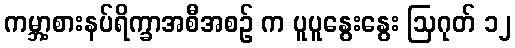
ကမ္ဘာ့စားနပ်ရိက္ခာအစီအစဉ် က ပူပူနွေးနွေး ဩဂုတ် ၁၂